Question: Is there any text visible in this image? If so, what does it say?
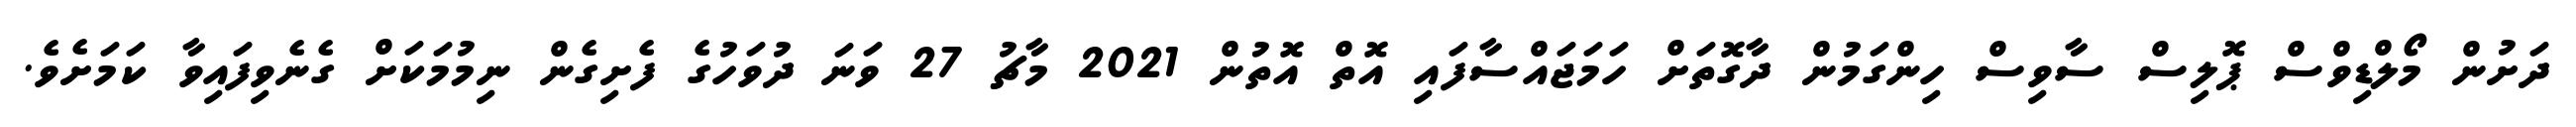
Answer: ދަށުން މޯލްޑިވްސް ޕޮލިސް ސާވިސް ހިންގަމުން ދާގޮތަށް ހަމަޖައްސާފައި އޮތް އޮތުން 2021 މާޗު 27 ވަނަ ދުވަހުގެ ފެށިގެން ނިމުމަކަށް ގެނެވިފައިވާ ކަމަށެވެ.